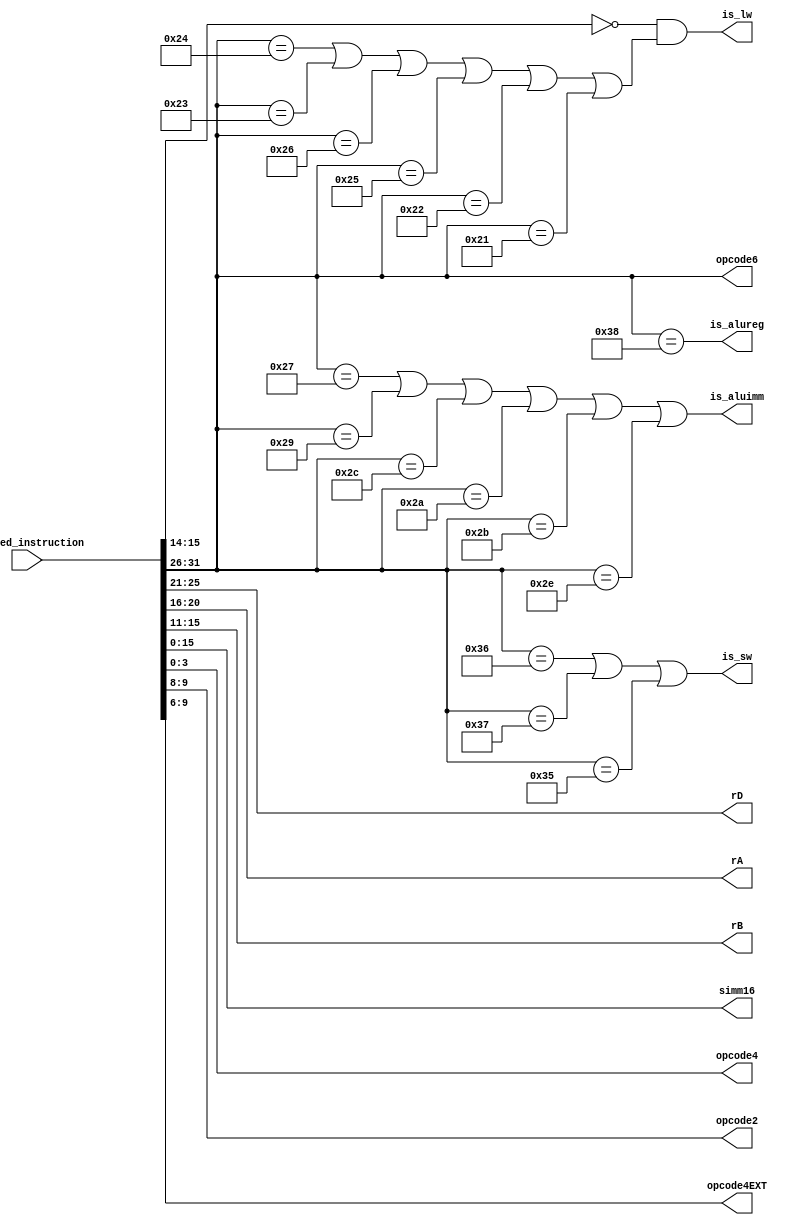
// decoder for OpenRISC
// supports ORBIS32 ISA
// used along with strict input constraints to ifu_qed_instruction (specified for the formal tool)

module qed_decoder (/*AUTOARG*/
   // Outputs
   is_lw, is_sw, is_aluimm, is_alureg, rD, rA, rB, simm16, opcode6, opcode4, opcode2, opcode4EXT,
   // Inputs
   ifu_qed_instruction
   );

   input  [31:0] ifu_qed_instruction;
   wire   [31:0] instruction;
   assign instruction = ifu_qed_instruction;
   
   output [4:0]  rD;
   output [4:0]  rA;
   output [4:0]  rB;

   output [5:0]  opcode6;
   output [3:0]  opcode4;
   output [1:0]  opcode2;
   output [3:0]  opcode4EXT;
   output [15:0] simm16;
  	
   // determine which format to use
   output 	is_lw;
   output 	is_sw;
   output 	is_aluimm;
   output 	is_alureg; // includes mult instructions

   // op, for all formats
   assign opcode6 = instruction[31:26];
   assign rD = instruction[25:21];
   assign rA = instruction[20:16];
   assign rB = instruction[15:11];
   assign opcode2 = instruction[9:8];
   assign opcode4 = instruction[3:0];
   assign opcode4EXT = instruction[9:6];
   assign simm16 = instruction[15:0];

   assign is_lw = (instruction[15:14]==2'b00) && ((opcode6 == 6'b100100) || (opcode6 == 6'b100011) || (opcode6 == 6'b100110) || (opcode6 == 6'b100101) || (opcode6 == 6'b100010) || (opcode6 == 6'b100001));
   assign is_sw = ((opcode6 == 6'b110110) || (opcode6 == 6'b110111) || (opcode6 == 6'b110101));
   assign is_alureg = (opcode6 == 6'b111000);
   assign is_aluimm = ((opcode6 == 6'b100111) || (opcode6 == 6'b101001) || (opcode6 == 6'b101100) || (opcode6 == 6'b101010) || (opcode6 == 6'b101011) || (opcode6 == 6'b101110));
        
endmodule // qed_decoder